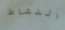
النشاط